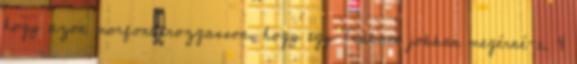
hogy azon morfondírozgasson, hogy egy Trabant jobban megérné-e. 4